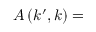
A \left( k ^ { \prime } , k \right) =